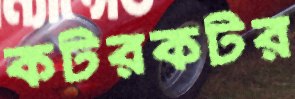
কটরকটর